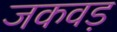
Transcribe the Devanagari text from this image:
जकवड़